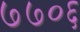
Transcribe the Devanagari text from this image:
७७०६